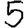
Digit: 5